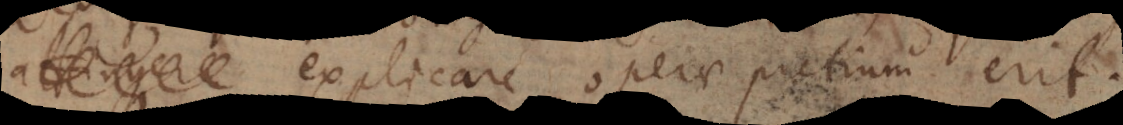
explicare operae pretium erit.